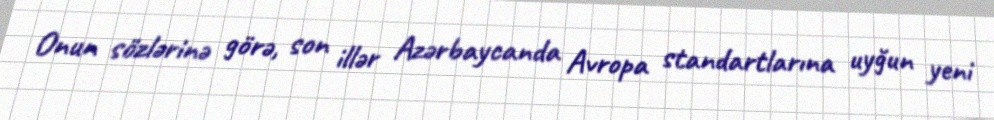
Onun sözlərinə görə, son illər Azərbaycanda Avropa standartlarına uyğun yeni